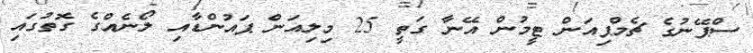
ސްޕޭނުގެ ޗެމްޕިއަން ޓީމުން އޭނާ ގަތީ 25 މިލިއަން ޕައުންޑާއި ލޯނެއްގެ ގޮތުގައި